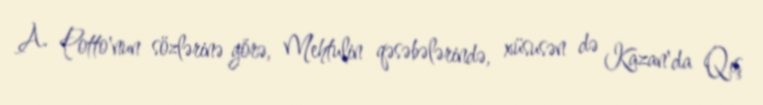
A. Potto'nun sözlərinə görə, Mehtulin qəsəbələrində, xüsusən də Kazan'da Qış